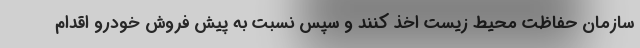
سازمان حفاظت محیط زیست اخذ کنند و سپس نسبت به پيش فروش خودرو اقدام